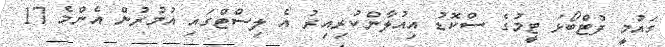
ގައުމީ ފުޓްބޯޅަ ޓީމުގެ ސްކޮޑު އިއުލާންކުރިއިރު އެ ލިސްޓްގައި އުމުރުން އެންމެ 17